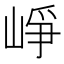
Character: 崢